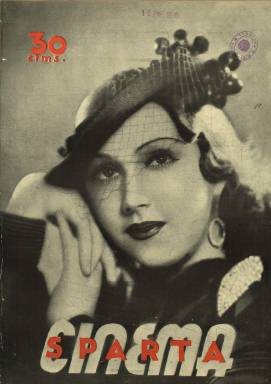
Título: Cinema Sparta
Otros títulos: Sparta, jul.-oct. 1935
Colección: Cine
Ámbito geográfico: Madrid
Lugar de publicación: Madrid
Fechas: 05/07/1935-15/02/1936

Con esta variación en el título, que aparece impreso en su cubierta, continúa publicándose la revista cinematográfica Sparta, siguiendo la secuencia numérica que ésta había iniciado el 18 de agosto de 1934, pues esta revista había tenido una época anterior, comenzando el uno de octubre de 1932, formando también parte de la colección hemerográfica de la Biblioteca Nacional de España (BNE). Así que, la primera entrega con la cabecera Cinema Sparta estampada en su cubierta es la número 19, correspondiente al cinco de julio de 1935. Su director, asimismo, sigue siendo Pedro Lagrava Laplaza, y su redactor-jefe, José María Aguirre, aunque desde el 21 de agosto hasta el 30 de noviembre, los dos citados formarán un Consejo directivo, al que se sumó Luis Duch. Posteriormente, desaparecerán sus nombres de la cabecera inserta en la portada. La revista también mantiene su estructura y diseño formal anterior -muy modernista-, impresa en papel cuché, con cubierta ilustrada por una gran fotografía de una actriz o actor tanto español como internacional, como también lo están su veintena de páginas (sin foliación), muy ilustradas con numerosas fotografías de estrellas del celuloide y de secuencias de rodajes de películas, tanto españolas como extranjeras, o de algunos edificios con salas de proyección, entre otras.

La revista tendrá una sección de Notas gremiales, pues seguía estando dirigida sobre todo a los profesionales del arte y la industria cinematográficas en todas sus variantes, además de al gran público, ofreciendo información, tanto textual como gráfica, sobre la producción cinematográfica nacional, o, por ejemplo, de la española en Argentina, como también de la extranjera (Ojos y oídos del mundo), especialmente la de Hollywood, desde donde la Paramount distribuía sus propias fotografías que la revista publica, producciones que tienen sus propias secciones. Publica también fichas de directores (empieza por la de Ernst Lubitsch), de actrices y actores, y series como Nuestra galería de grandes estrellas o Las grandes productoras (empezando por la española Cifesa). Los últimos estrenos y, después, Ante el público y la crítica, o La cartelera comentada, serán los epígrafes de las secciones dedicadas a la crítica cinematográfica, que también amplía a estrenos en el extranjero. Otras secciones son Rincón de noticias breves o Página infantil, con dibujos de Walt Disney.

Entre los periodistas cinematográficos que colaboran en sus páginas se encuentran Luciano de Arredondo, Augusto Ysern, Juan de Aldora, Mario Arnold, Florentino Hernández Girbal, Fernando Hernández Exposité, Rafael Gil, Antonio del Amo Algara o Carlos Villarreal. En su entrega del 15 de enero de 1936 (número 29), aparece Una rectificación de D. Luis Buñuel, negando la paternidad que le habían atribuido de dos películas. La revista también publica un texto de Augusto Lumière sobre el nacimiento de cinematógrafo y Luis Lumière, su hermano; entre sus reportajes, uno referente a una visita realizada por el ya citado Hernández Exposité a Benito Perojo, que también publicará un texto sobre el último largometraje de Charles Chaplin: Tiempos modernos (1936); entre los artículos, uno del también citado Rafael Gil sobre La llegada del arte del film policíaco. Así mismo dará cuenta de la producción de documentales, de la necesidad de un noticiero cinematográfico español, o un cuadro resumen de los films proyectados por el Cineclub G.E.C.I.

Aunque se autodenomina también “revista quincenal”, como su predecesora, siguió teniendo dificultades para cumplir con exactitud esa periodicidad o frecuencia de aparición, y de sus páginas fue escaseando la publicidad comercial con la que al principio se vio favorecida, especialmente de las grandes firmas cinematográficas españolas o de las películas de estreno. Así mismo, abrió una delegación en Barcelona. Este título llegó hasta el número 32, correspondiente al 15 de febrero de 1936, pero a continuación siguió publicando algunos números más, modificándolo a: Cine Sparta, que también puede consultarse en la colección de la BNE.